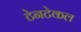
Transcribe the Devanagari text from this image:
टेनटेकल